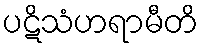
ပဋိသံဟရာမီတိ